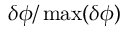
\delta \phi / \operatorname* { m a x } ( \delta \phi )